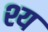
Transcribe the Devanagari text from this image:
श्य